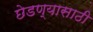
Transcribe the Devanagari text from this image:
छेडण्यासाठी